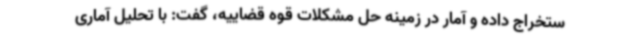
ستخراج داده و آمار در زمینه حل مشکلات قوه قضاییه، گفت: با تحلیل آماری